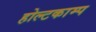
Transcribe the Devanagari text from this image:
होल्टकाम्प